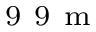
^ { \mathrm { ~ 9 ~ 9 ~ m ~ } }